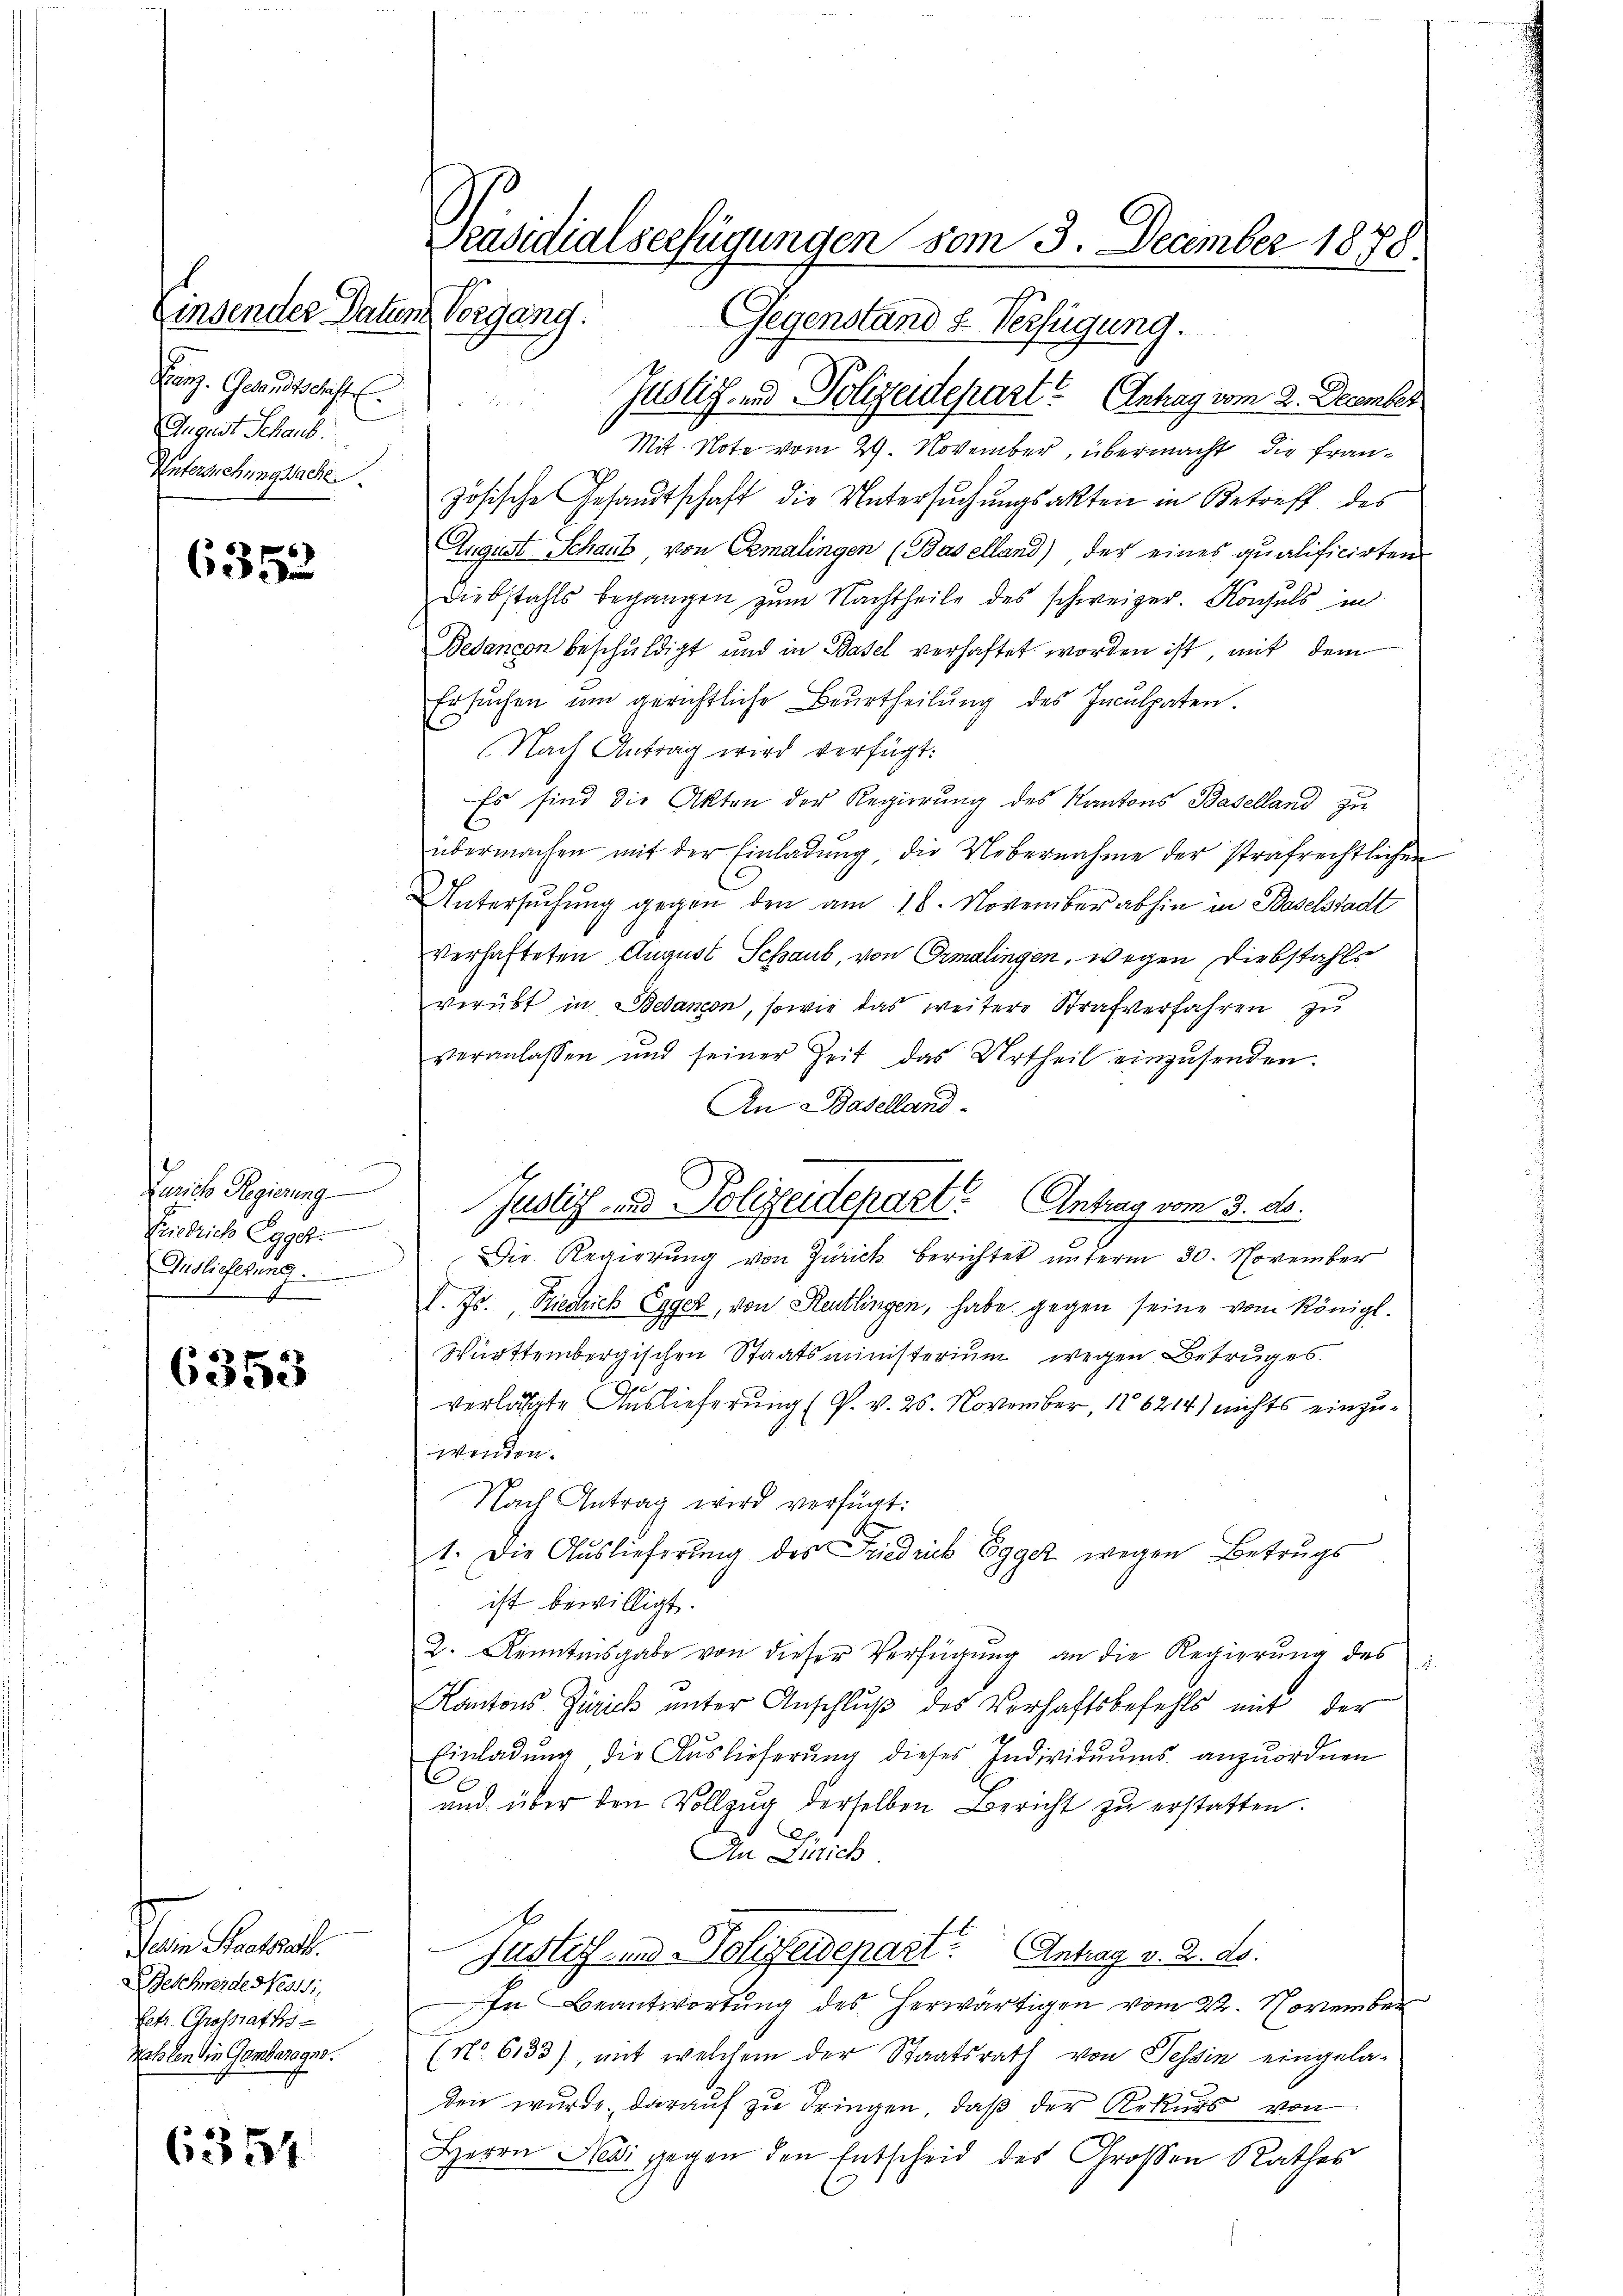
Ganz. Gesandtschaft
August Schaub.
Untersuchungsache

6352

Lenico Regierung
Friedrich Egger.
Auslieferung
f

6353

aie Proto
Beschweide Nessi
Petr. Grossraths
Rehlen die Gambanages.

6354

Präsidialserfügungen vom 3. December 1878.
Einsender Daten Vorgang. Gegenstand & Verfügung.

Justiz- und Polizeidepart Antrag vom 3. ds.

Justiz- und Polizeidepart? Antrag vom 2. December.

Mit. Note vom 29. November, übermacht, die französische Gesandtschaft die Untersuchungsakten in Betreff des
August Schaut, von Cemalingen (Baselland) der eines qualificirten
Diebstahls begangen zum Nachtheile des schweizer. Konsuls in
Bedancon beschuldigt und in Basel verhaftet worden ist, mit dem
Ersuchen um gerichtliche Beurtheilung des Inculpaten
Nach Antrag wird verfügt:
Es sind die Akten der Regierung des Kantons Baselland zu
übermachen mit der Einladŭng die Uebernahme der strafrechtlichen
Untersŭchŭng gegen den am 18. November abhin in Baselstadt
verhafteten August Schaub, von Ormalingen, wegen Diebstahls
verübt in Bedancon, sowie das weitere Strafverfahren zŭ
veranlassen und seiner Zeit das Urtheil einzŭsenden.
An Baselland.
Die Regierung von Zürich berichtet unterm 30. November
d. Js. Riedrich Egger, von Reutlingen, habe gegen seine vom Königl.
Württembergischen Staatsministerium wegen Betruges.
u
verläste Auslieferung (P. v. 26. November, 186214) nichts einzuwenden.
Nach Antrag wird verfügt:
1. Die Auslieferung des Friedrick Egger wegen Betrugs
ist bewilligt.
2. Kenntnisgabe von dieser Verfügung an die Regierung des
Kantons Zürich unter Anschlŭβ des Verhaftsbefehls mit der
Einladung die Auslieferung dieses Individuums anzuordnen
und über den Vollzŭg derselben Bericht zŭ erstatten.
Ch.
An Zürich
Justitz- und Polizeidepart. Antrag v. 2. ds.
In Beantwortung des herwärtigen vom 22. November
(No 6133), mit welchem der Staatsrath von Tessin eingela-
den wurde, darauf zu dringen, daß der Rekurs von
Herrn Nesi gegen den Entscheid des Großen Rathes